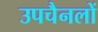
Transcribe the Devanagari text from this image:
उपचैनलों